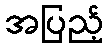
အပြည့်